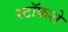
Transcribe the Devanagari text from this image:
स्टॉफशे